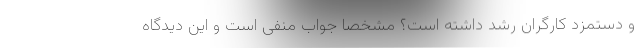
و دستمزد کارگران رشد داشته است؟ مشخصاً جواب منفی است و این دیدگاه